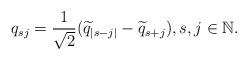
LaTeX: \begin{align*}q_{sj}=\frac{1}{\sqrt{2}}(\widetilde{q}_{|s-j|}-\widetilde{q}_{s+j}), s, j\in\mathbb{N}.\end{align*}